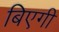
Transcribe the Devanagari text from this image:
बिएगी